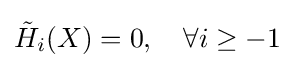
{\tilde {H}}_{i}(X)=0,\quad \forall i\geq -1